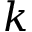
k